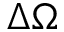
\Delta \Omega